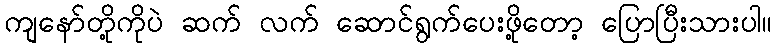
ကျနော်တို့ကိုပဲ ဆက် လက် ဆောင်ရွက်ပေးဖို့တော့ ပြောပြီးသားပါ။